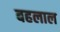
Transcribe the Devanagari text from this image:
बहलाल